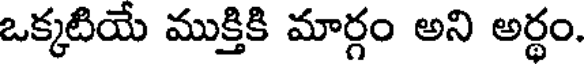
ఒక్కటియే ముక్తికి మార్గం అని అర్థం.